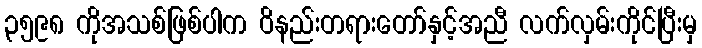
၃၅၉၈ ကိုအသစ်ဖြစ်ပါက ဝိနည်းတရားတော်နှင့်အညီ လက်လှမ်းကိုင်ပြီးမှ